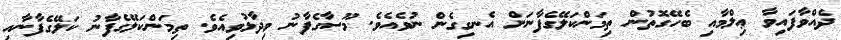
ދެއްވާފައިވާ ޢިލްމާއި ބެހޭގޮތުން ތިމަންކަލޭގެފާނަށް އެނގިގެން ނުވެއެވެ. މޫސާގެފާނު ވިދާޅުވިއެވެ. ތިމަންކަލޭގެފާނު ކަލޭގެފާނާއި